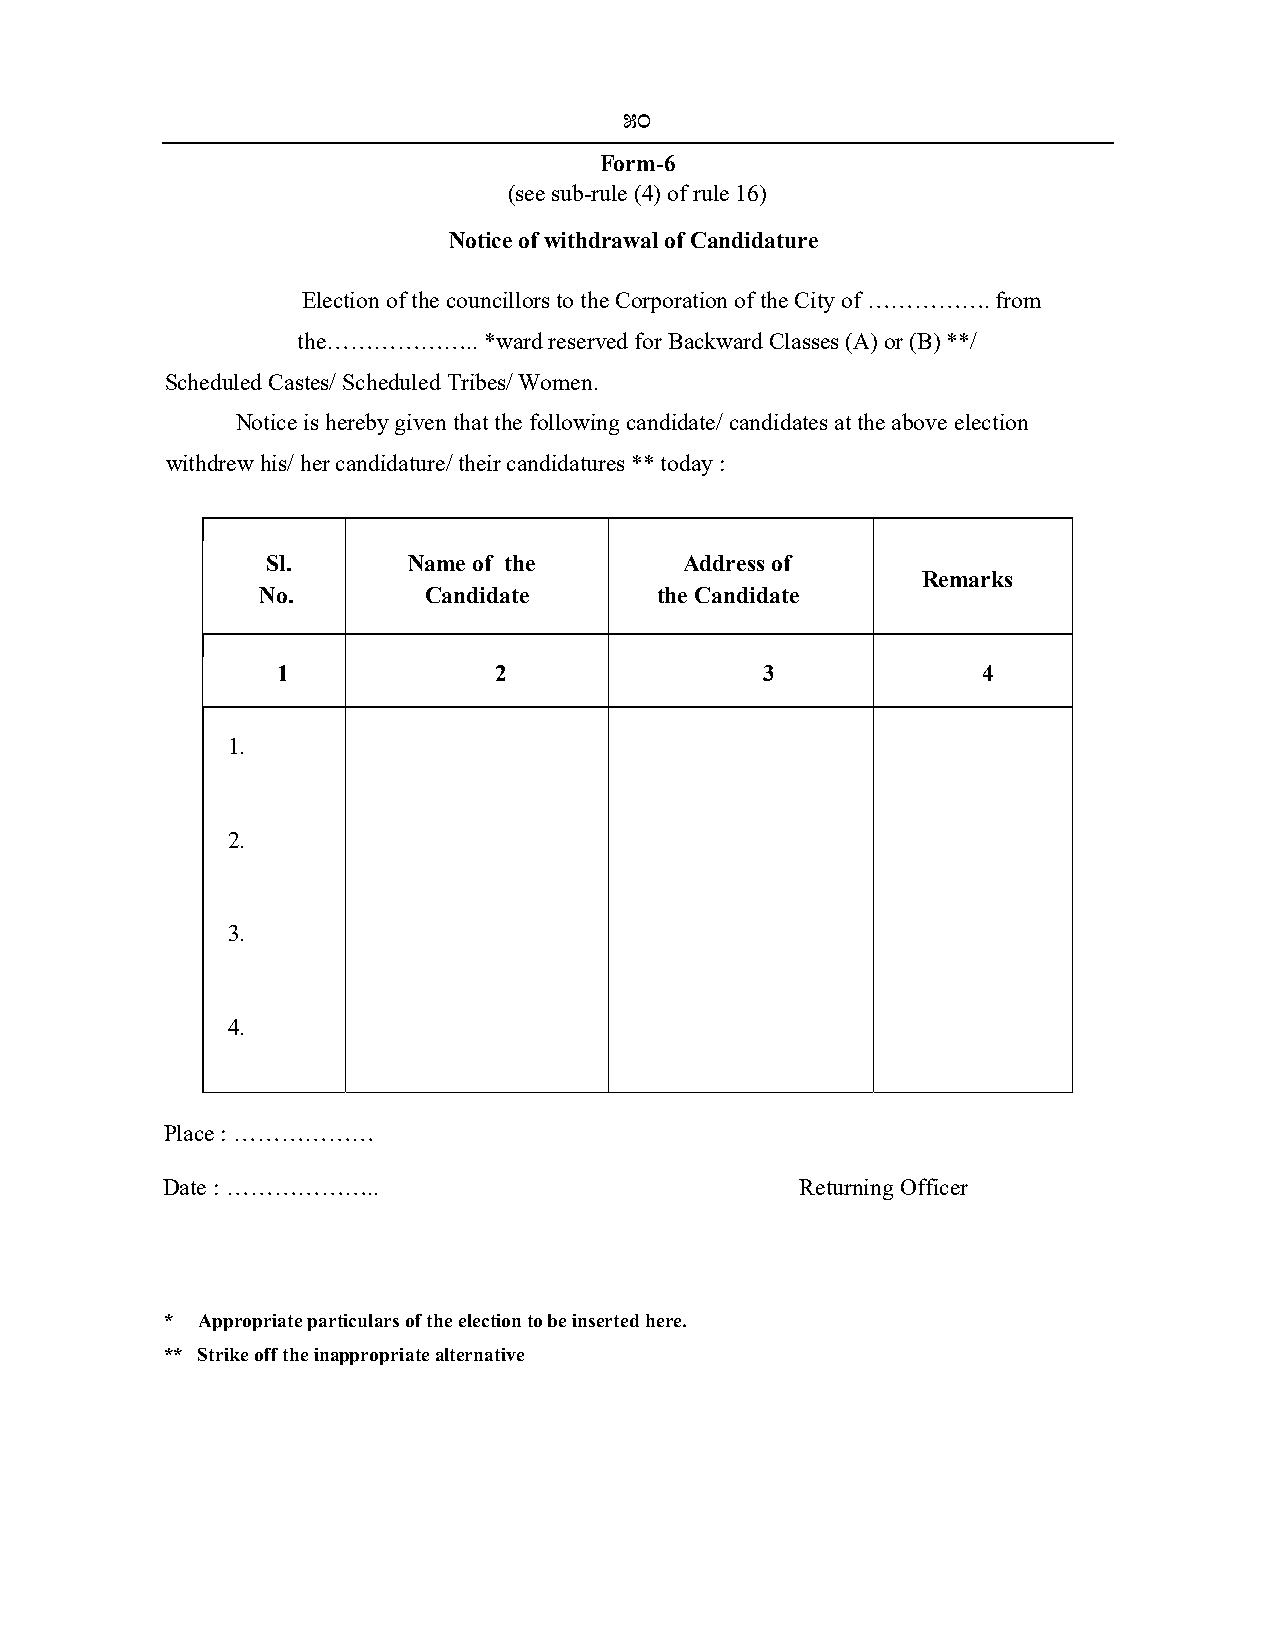
50
 Form-6
 (see sub-rule (4) of rule 16)
 Notice of withdrawal of Candidature
 Election of the councillors to the Corporation of the City of ……………. from
 the……………….. *ward reserved for Backward Classes (A) or (B) **/
 Scheduled Castes/ Scheduled Tribes/ Women.
 Notice is hereby given that the following candidate/ candidates at the above election
 withdrew his/ her candidature/ their candidatures ** today :
 Sl.      Name of the       Address of
 Remarks
 No.        Candidate       the Candidate
 1              2                3              4
 1.
 2.
 3.
 4.
 Place : ………………
 Date : ………………..                           Returning Officer
 * Appropriate particulars of the election to be inserted here.
 ** Strike off the inappropriate alternative